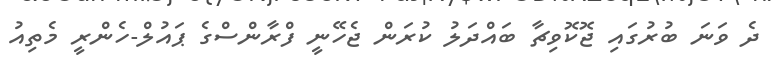
ދެ ވަނަ ބުރުގައި ޖޮކޮވިޗާ ބައްދަލު ކުރަން ޖެހޭނީ ފްރާންސްގެ ޕައުލް-ހެންރީ މެތިއު